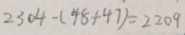
2 3 0 4 - ( 4 8 + 4 7 ) = 2 2 0 9